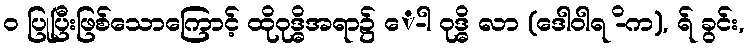
ဝ ပြုပြီးဖြစ်သောကြောင့် ထိုဝုဒ္ဓိအရာ၌ ေ-ါ ဝုဒ္ဓိ လာ (ဒေါဝါရ -ိက), ရ် ခွင်း,